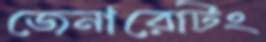
জেনারেটিং